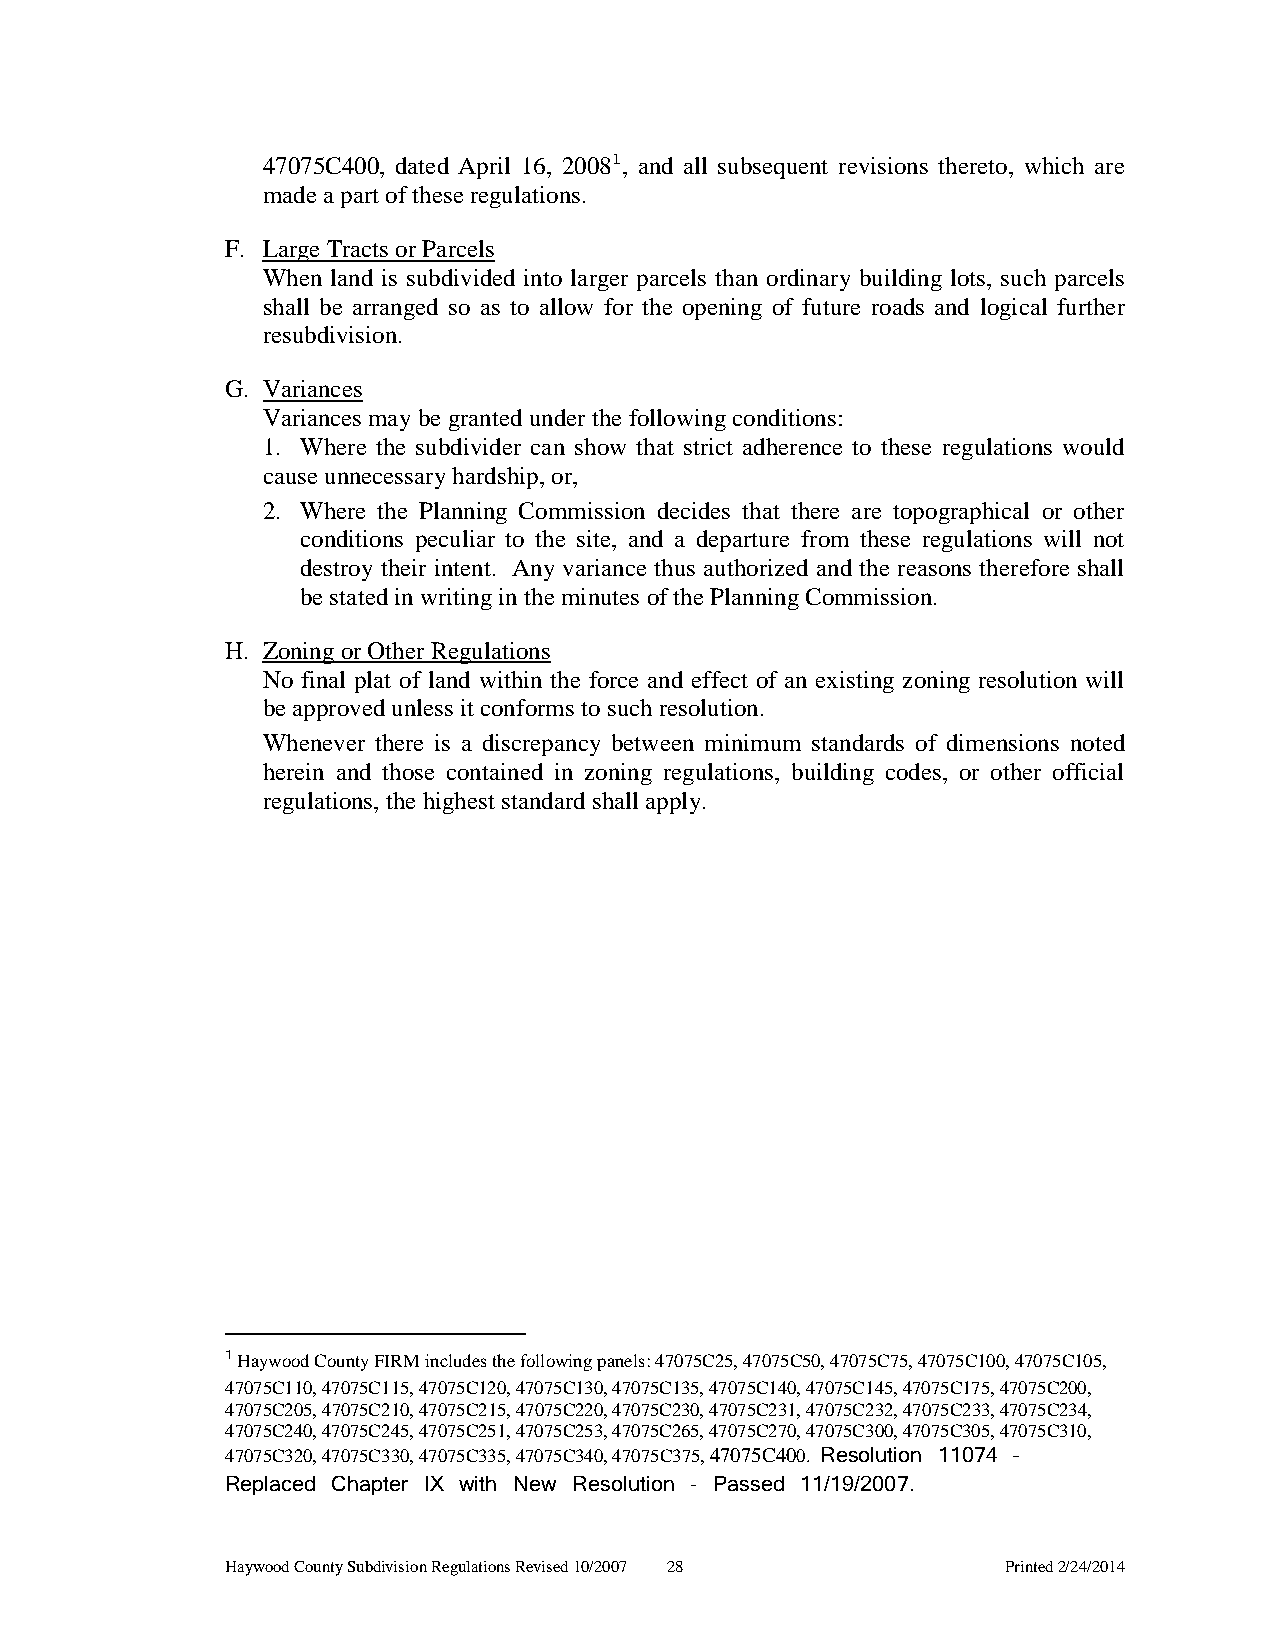
47075C400, dated April 16, 20081, and all subsequent revisions thereto, which are
 made a part of these regulations.
 F. Large Tracts or Parcels
 When land is subdivided into larger parcels than ordinary building lots, such parcels
 shall be arranged so as to allow for the opening of future roads and logical further
 resubdivision.
 G. Variances
 Variances may be granted under the following conditions:
 1. Where the subdivider can show that strict adherence to these regulations would
 cause unnecessary hardship, or,
 2. Where the Planning Commission decides that there are topographical or other
 conditions peculiar to the site, and a departure from these regulations will not
 destroy their intent. Any variance thus authorized and the reasons therefore shall
 be stated in writing in the minutes of the Planning Commission.
 H. Zoning or Other Regulations
 No final plat of land within the force and effect of an existing zoning resolution will
 be approved unless it conforms to such resolution.
 Whenever there is a discrepancy between minimum standards of dimensions noted
 herein and those contained in zoning regulations, building codes, or other official
 regulations, the highest standard shall apply.
 1 Haywood County FIRM includes the following panels: 47075C25, 47075C50, 47075C75, 47075C100, 47075C105,
 47075C110, 47075C115, 47075C120, 47075C130, 47075C135, 47075C140, 47075C145, 47075C175, 47075C200,
 47075C205, 47075C210, 47075C215, 47075C220, 47075C230, 47075C231, 47075C232, 47075C233, 47075C234,
 47075C240, 47075C245, 47075C251, 47075C253, 47075C265, 47075C270, 47075C300, 47075C305, 47075C310,
 47075C320, 47075C330, 47075C335, 47075C340, 47075C375, 47075C400. Resolution 11074 –
 Replaced Chapter IX with New Resolution - Passed 11/19/2007.
 Haywood County Subdivision Regulations Revised 10/2007 28 Printed 2/24/2014